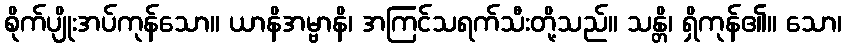
စိုက်ပျိုးအပ်ကုန်သော။ ယာနိအမ္ဗာနိ၊ အကြင်သရက်သီးတို့သည်။ သန္တိ၊ ရှိကုန်၏။ သော၊